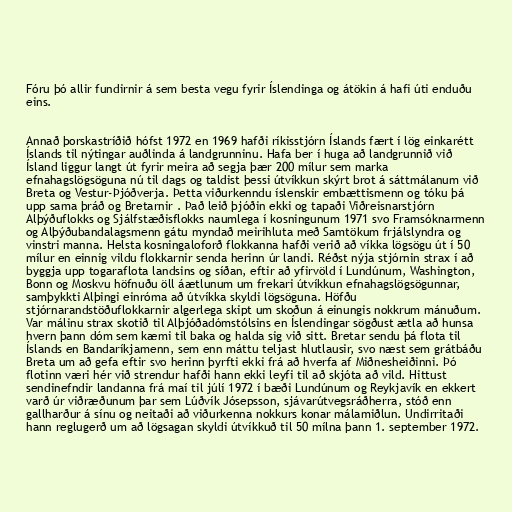
Fóru þó allir fundirnir á sem besta vegu fyrir Íslendinga og átökin á hafi úti enduðu
eins.

Annað þorskastríðið hófst 1972 en 1969 hafði ríkisstjórn Íslands fært í lög einkarétt
Íslands til nýtingar auðlinda á landgrunninu. Hafa ber í huga að landgrunnið við
Ísland liggur langt út fyrir meira að segja þær 200 mílur sem marka
efnahagslögsöguna nú til dags og taldist þessi útvíkkun skýrt brot á sáttmálanum við
Breta og Vestur-Þjóðverja. Þetta viðurkenndu íslenskir embættismenn og tóku þá
upp sama þráð og Bretarnir . Það leið þjóðin ekki og tapaði Viðreisnarstjórn
Alþýðuflokks og Sjálfstæðisflokks naumlega í kosningunum 1971 svo Framsóknarmenn
og Alþýðubandalagsmenn gátu myndað meirihluta með Samtökum frjálslyndra og
vinstri manna. Helsta kosningaloforð flokkanna hafði verið að víkka lögsögu út í 50
mílur en einnig vildu flokkarnir senda herinn úr landi. Réðst nýja stjórnin strax í að
byggja upp togaraflota landsins og síðan, eftir að yfirvöld í Lundúnum, Washington,
Bonn og Moskvu höfnuðu öll áætlunum um frekari útvíkkun efnahagslögsögunnar,
samþykkti Alþingi einróma að útvíkka skyldi lögsöguna. Höfðu
stjórnarandstöðuflokkarnir algerlega skipt um skoðun á einungis nokkrum mánuðum.
Var málinu strax skotið til Alþjóðadómstólsins en Íslendingar sögðust ætla að hunsa
hvern þann dóm sem kæmi til baka og halda sig við sitt. Bretar sendu þá flota til
Íslands en Bandaríkjamenn, sem enn máttu teljast hlutlausir, svo næst sem grátbáðu
Breta um að gefa eftir svo herinn þyrfti ekki frá að hverfa af Miðnesheiðinni. Þó
flotinn væri hér við strendur hafði hann ekki leyfi til að skjóta að vild. Hittust
sendinefndir landanna frá maí til júlí 1972 í bæði Lundúnum og Reykjavík en ekkert
varð úr viðræðunum þar sem Lúðvík Jósepsson, sjávarútvegsráðherra, stóð enn
gallharður á sínu og neitaði að viðurkenna nokkurs konar málamiðlun. Undirritaði
hann reglugerð um að lögsagan skyldi útvíkkuð til 50 mílna þann 1. september 1972.